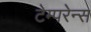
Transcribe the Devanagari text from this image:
टेम्परेन्स